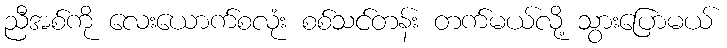
ညီအစ်ကို လေးယောက်စလုံး စစ်သင်တန်း တက်မယ်လို့ သွားပြောမယ်